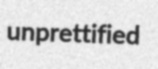
unprettified